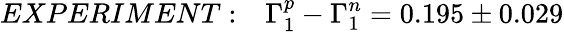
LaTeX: EXPERIMENT:~~~\Gamma_{1}^{p}-\Gamma_{1}^{n}=0.195\pm 0.029